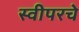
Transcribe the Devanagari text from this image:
स्वीपरचे